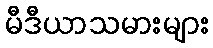
မီဒီယာသမားများ